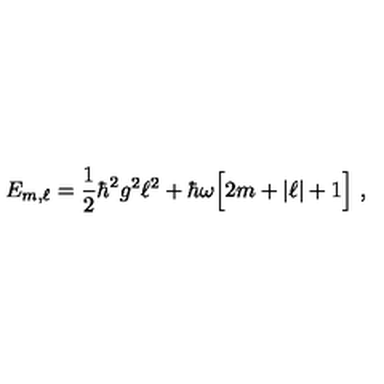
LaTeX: E _ { m , \ell } = \frac { 1 } { 2 } \hbar ^ { 2 } g ^ { 2 } \ell ^ { 2 } + \hbar \omega \Big [ 2 m + | \ell | + 1 \Big ] \ ,